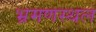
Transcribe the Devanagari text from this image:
भ्रमणस्‍थल